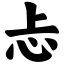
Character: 忐